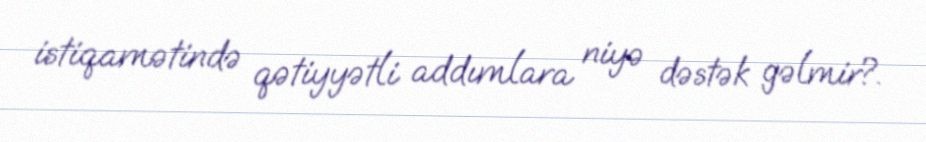
istiqamətində qətiyyətli addımlara niyə dəstək gəlmir?.